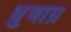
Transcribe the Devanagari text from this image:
ध्रुवाग्र